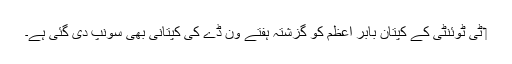
‏ ٹی ٹوئنٹی کے کپتان بابر اعظم کو گزشتہ ہفتے ون ڈے کی کپتانی بھی سونپ دی گئی ہے۔